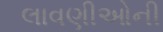
લાવણીઓની